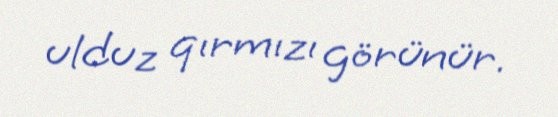
ulduz qırmızı görünür.